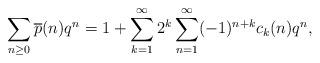
LaTeX: \begin{align*}\sum_{n\geq0}\overline{p}(n)q^n=1+\sum_{k=1}^{\infty}2^k\sum_{n=1}^{\infty}(-1)^{n+k}c_k(n)q^n,\end{align*}